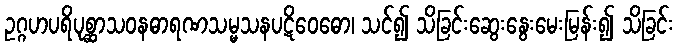
ဥဂ္ဂဟပရိပုစ္ဆာသဝနဓာရဏသမ္မသနပဋိဝေဓော၊ သင်၍ သိခြင်းဆွေးနွေးမေးမြန်း၍ သိခြင်း